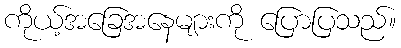
ကိုယ့်အခြေအနေများကို ပြောပြသည်။